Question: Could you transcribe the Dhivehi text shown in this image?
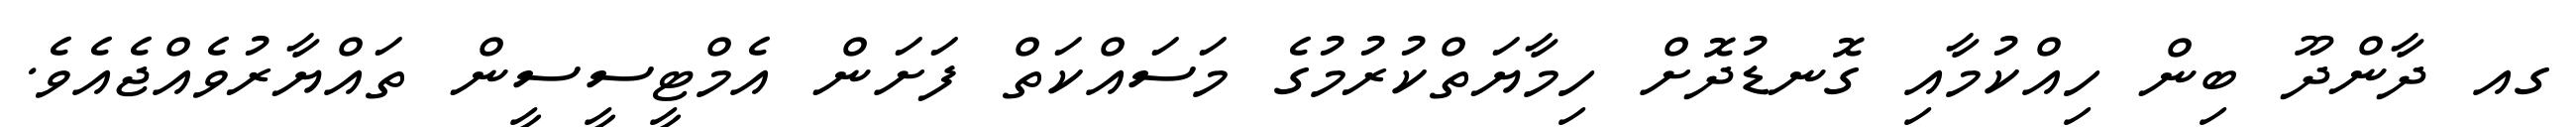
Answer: ގއ ދާންދޫ ބިން ހިއްކުމާއި ގޮނޑުދޮށް ހިމާޔަތްކުރުމުގެ މަސައްކަތް ފަށަން އެމްޓީސީސީން ތައްޔާރުވެއްޖެއެވެ.